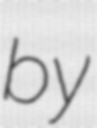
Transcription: by